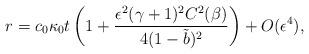
LaTeX: \begin{align*}r=c_0 \kappa_0 t\left(1+\frac{\epsilon^2(\gamma+1)^2C^2(\beta)}{4(1-\tilde{b})^2}\right)+O(\epsilon^4),\end{align*}